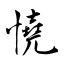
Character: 憢